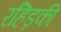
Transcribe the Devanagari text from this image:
रहिड़की